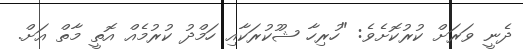
ދެނީ ވަރަށް ކުރުކޮށެވެ: "ހުރިހާ ޝުުކުރަކާއި ހަމްދު ކުރުމެއް އޮތީ މާތް އަށް.